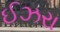
ઈઝરા